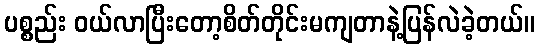
ပစ္စည်း ဝယ်လာပြီးတော့စိတ်တိုင်းမကျတာနဲ့ပြန်လဲခဲ့တယ်။